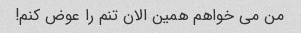
من می خواهم همین الان تنم را عوض کنم!